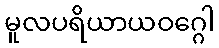
မူလပရိယာယဝဂ္ဂေါ